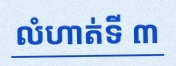
លំហាត់ទី ៣